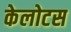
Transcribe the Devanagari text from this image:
केलोटस